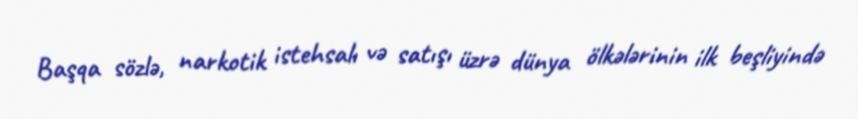
Başqa sözlə, narkotik istehsalı və satışı üzrə dünya ölkələrinin ilk beşliyində